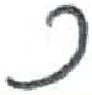
אות: כ